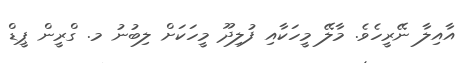
އާއިލާ ނޭރީހެވެ. މާލޭ މީހަކާއި ފުލިދޫ މީހަކަށް ލިބުނު މ. ގްރީން ޕީޑް